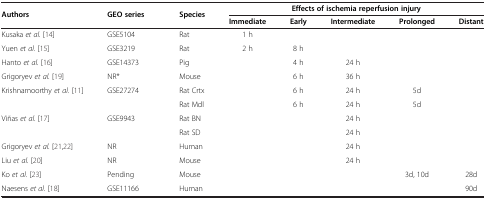
| <ROWSPAN=2> Authors | <ROWSPAN=2> GEO series | <ROWSPAN=2> Species | <COLSPAN=5> Effects of ischemia reperfusion injury |
 | Immediate | Early | Intermediate | Prolonged | Distant |
 | --- | --- | --- | --- | --- | --- | --- | --- |
 | Kusaka et al.[14] | GSE5104 | Rat | 1 h |  |  |  |  |
 | Yuen et al.[15] | GSE3219 | Rat | 2 h | 8 h |  |  |  |
 | Hanto et al.[16] | GSE14373 | Pig |  | 4 h | 24 h |  |  |
 | Grigoryev et al.[19] | NR* | Mouse |  | 6 h | 36 h |  |  |
 | <ROWSPAN=2> Krishnamoorthy et al.[11] | <ROWSPAN=2> GSE27274 | Rat Crtx |  | 6 h | 24 h | 5d |  |
 | Rat Mdl |  | 6 h | 24 h | 5d |  |
 | <ROWSPAN=2> Viñas et al. [17] | <ROWSPAN=2> GSE9943 | Rat BN |  |  | 24 h |  |  |
 | Rat SD |  |  | 24 h |  |  |
 | Grigoryev et al.[21,22] | NR | Human |  |  | 24 h |  |  |
 | Liu et al.[20] | NR | Mouse |  |  | 24 h |  |  |
 | Ko et al.[23] | Pending | Mouse |  |  |  | 3d, 10d | 28d |
 | Naesens et al.[18] | GSE11166 | Human |  |  |  |  | 90d |